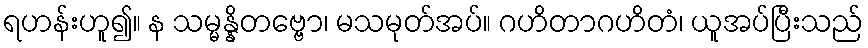
ရဟန်းဟူ၍။ န သမ္မန္နိတဗ္ဗော၊ မသမုတ်အပ်။ ဂဟိတာဂဟိတံ၊ ယူအပ်ပြီးသည်